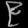
Digit: ၉